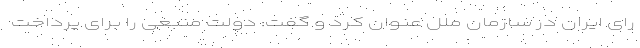
رای ایران در سازمان ملل عنوان کرد و گفت: دولت منبعی را برای پرداخت